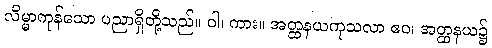
လိမ္မာကုန်သော ပညာရှိတို့သည်။ ဝါ၊ ကား။ အတ္ထနယကုသလာ ဧဝ၊ အတ္ထနယ၌